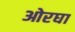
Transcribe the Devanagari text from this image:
ओरघा